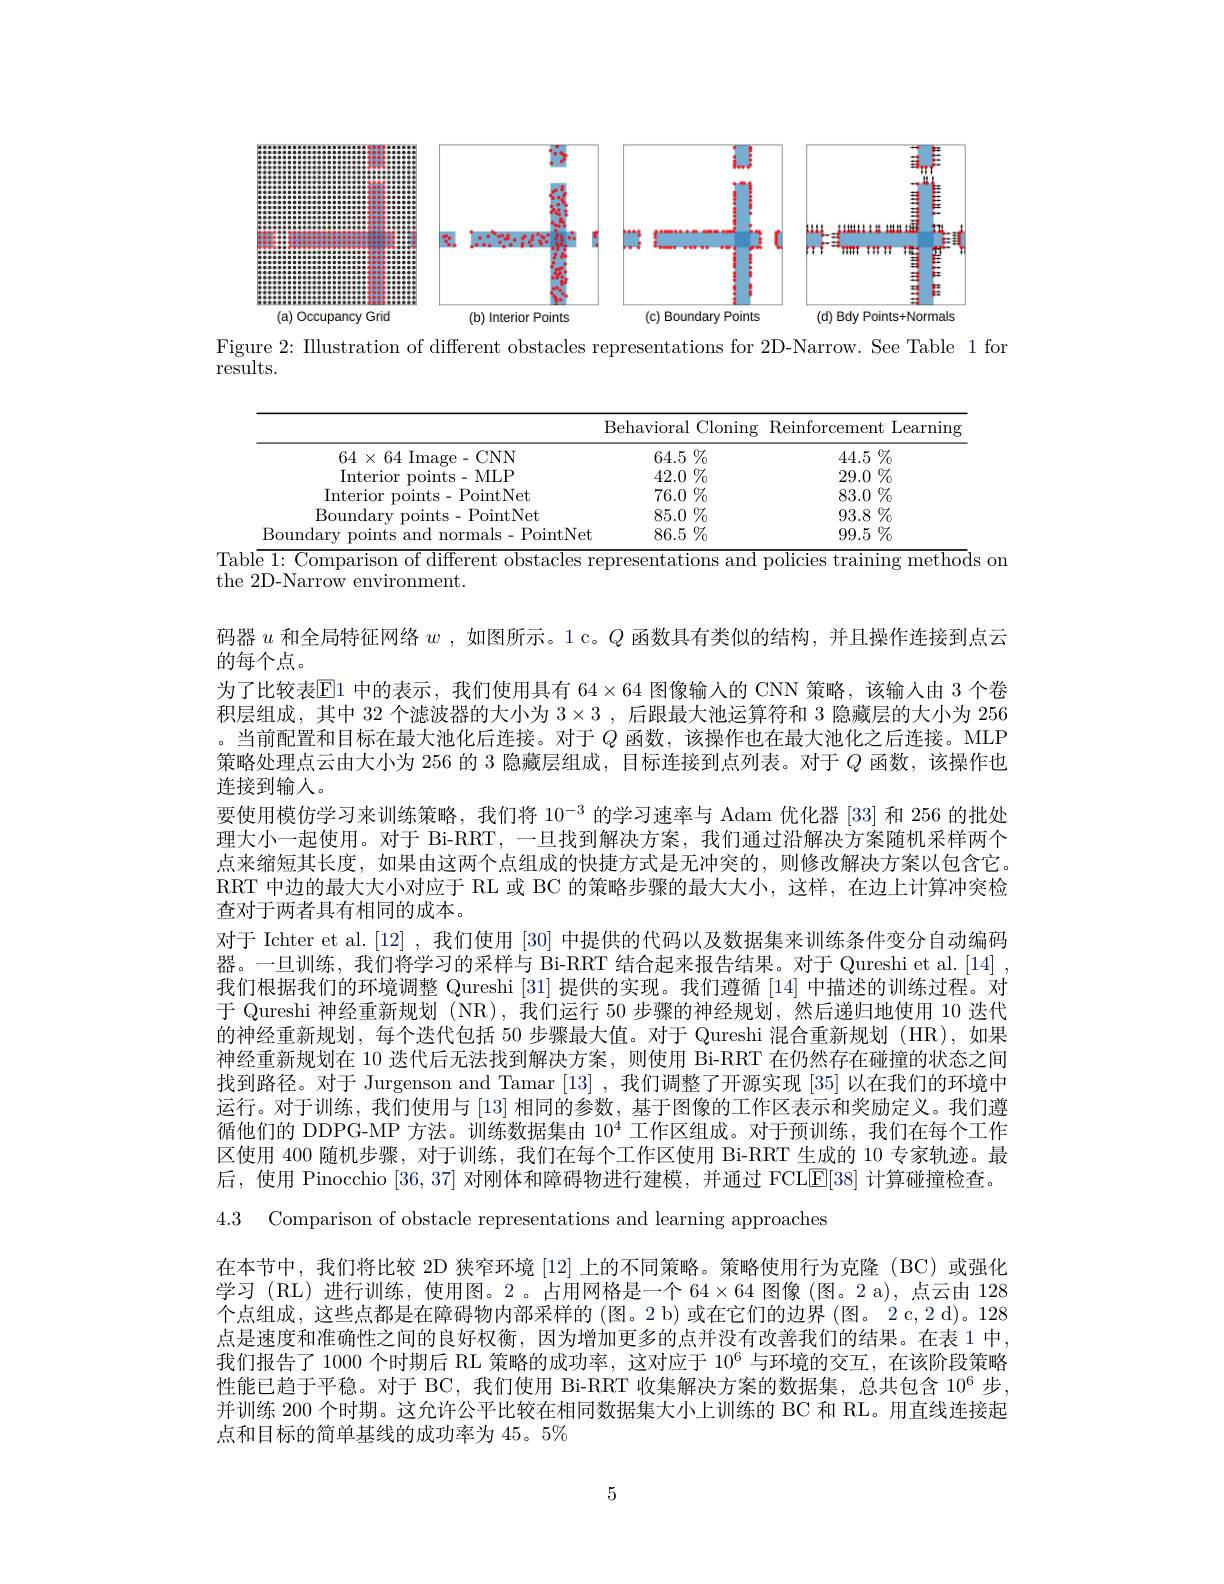
<FigureHere>

Figure 2: IIlustration of different obstacles representations for 2D-Narrow. See Table 1 for

results.

<table>
	<tbody>
		<tr>
			<th> </th>
			<th>Behavioral Cloning</th>
			<th>Reinforcement Learning</th>
		</tr>
		<tr>
			<td>$64\times64$Image-CNN</td>
			<td>$64.5\%$</td>
			<td>$44.5\%$</td>
		</tr>
		<tr>
			<td>Interio MLP 71mt</td>
			<td>$42.0\%$</td>
			<td>29.0 $\%_{0}$ </td>
		</tr>
		<tr>
			<td>Interio ints- PointNet</td>
			<td>76.0 $\%$</td>
			<td>83.0 $)\%$</td>
		</tr>
		<tr>
			<td>$\mathrm{R}_{\mathrm{Olln}}$ PointNet dar</td>
			<td>85.0 $\%$</td>
			<td>$93.8\%$</td>
		</tr>
		<tr>
			<td>PointNet</td>
			<td>$86.5\%$</td>
			<td>99.5 $j\%$</td>
		</tr>
	</tbody>
</table>
Table 1: Comparison of different obstacles representations and policies training methods on

the 2D-Narrow environment.
码器$u$和全局特征网络$w$ ,如图所示。1 c。$Q$函数具有类似的结构，并且操作连接到点云
的每个点。
为了比较表$\mathbb{E}$1 中的表示，我们使用具有 $64\times64$ 图像输入的 CNN 策略，该输入由 3 个卷积层组成，其中 32 个滤波器的大小为$3\times3$ ,后跟最大池运算符和 3 隐藏层的大小为 256 。当前配置和目标在最大池化后连接。对于$Q$函数，该操作也在最大池化之后连接。MLP 策略处理点云由大小为 256 的 3 隐藏层组成，目标连接到点列表。对于$Q$函数，该操作也连接到输人。
要使用模仿学习来训练策略，我们将$10^{-3}$的学习速率与 Adam 优化器 [33] 和 256 的批处理大小一起使用。对于 Bi-RRT, 一旦找到解决方案，我们通过沿解决方案随机采样两个点来缩短其长度，如果由这两个点组成的快捷方式是无冲突的，则修改解决方案以包含它。RRT 中边的最大大小对应于 RL 或 BC 的策略步骤的最大大小，这样，在边上计算冲突检查对于两者具有相同的成本。
对于 Ichter et al.[12] , 我们使用 [30] 中提供的代码以及数据集来训练条件变分自动编码器。一旦训练，我们将学习的采样与 Bi-RRT 结合起来报告结果。对于 Qureshi et al. [14] , 我们根据我们的环境调整 Qureshi [31] 提供的实现。我们遵循 [14] 中描述的训练过程。对于 Qureshi 神经重新规划 (NR),我们运行 50 步骤的神经规划，然后递归地使用 10 迭代的神经重新规划，每个迭代包括 50 步骤最大值。对于 Qureshi 混合重新规划 (HR),如果神经重新规划在 10 迭代后无法找到解决方案，则使用 Bi-RRT 在仍然存在碰撞的状态之间找到路径。对于 Jurgenson and Tamar [13] ,我们调整了开源实现[35]以在我们的环境中运行。对于训练，我们使用与[13]相同的参数，基于图像的工作区表示和奖励定义。我们遵循他们的 DDPG-MP 方法。训练数据集由 10$^4$工作区组成。对于预训练，我们在每个工作区使用 400 随机步骤，对于训练，我们在每个工作区使用 Bi-RRT 生成的10专家轨迹。最后，使用 Pinocchio [36,37] 对刚体和障碍物进行建模，并通过 FCL[E[38] 计算碰撞检查。4.3 Comparison of obstacle representations and learning approaches
在本节中，我们将比较 2D 狭窄环境 [12] 上的不同策略。策略使用行为克隆 (BC)或强化学习 (RL) 进行训练，使用图。2 。占用网格是一个 64$\times64$图像 (图。2 a),点云由 128个点组成，这些点都是在障碍物内部采样的 (图。2 b) 或在它们的边界 (图。2 c,2 d)。128点是速度和准确性之间的良好权衡，因为增加更多的点并没有改善我们的结果。在表 1 中我们报告了 1000 个时期后 RL 策略的成功率，这对应于$10^6$与环境的交互，在该阶段策略性能已趋于平稳。对于 BC, 我们使用 Bi-RRT 收集解决方案的数据集，总共包含 10$^6$步并训练 200 个时期。这允许公平比较在相同数据集大小上训练的 BC 和 RL。用直线连接起点和目标的简单基线的成功率为 45。5%

5